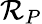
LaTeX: \mathcal{R}_{P}